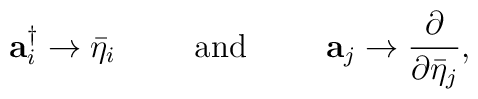
{\bf a}_i^\dagger \rightarrow \bar{\eta}_i \hspace{1cm} {\rm and}\hspace{1cm} {\bf a}_j \rightarrow \frac{\partial}{ \partial\bar{\eta}_j},